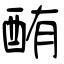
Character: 酭